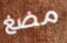
مضغ